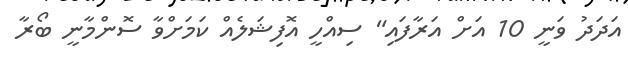
އަދަދު ވަނީ 10 އަށް އަރާފައި" ސިއްހީ އޮފިޝަލެއް ކަމަށްވާ ސޮންމާނީ ބޯރާ